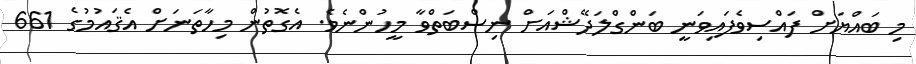
މި ބައްޔަށް ފައްސިވެފައިވަނީ ބަންގްލަދޭޝްއަށް ނިސްބަތްވާ މީހުންނެވެ. އެގޮތުން މިހާތަނަށް އެޤައުމުގެ 661